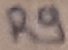
Text: R9